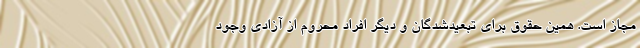
مجاز است. همین حقوق برای تبعیدشدگان و دیگر افراد محروم از آزادی وجود